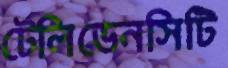
টেলিডেনসিটি